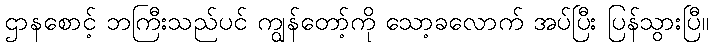
ဌာနစောင့် ဘကြီးသည်ပင် ကျွန်တော့်ကို သော့ခလောက် အပ်ပြီး ပြန်သွားပြီ။